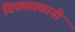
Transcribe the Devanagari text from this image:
विकासकानी